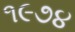
૧૯૭૪